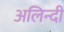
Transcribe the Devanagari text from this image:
अलिन्दी